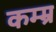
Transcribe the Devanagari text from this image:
कम्म्र